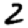
Digit: 2